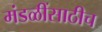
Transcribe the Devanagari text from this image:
मंडळींसाठीच